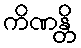
ကိဏန္တိ